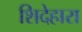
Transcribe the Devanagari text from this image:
शिदेहारा